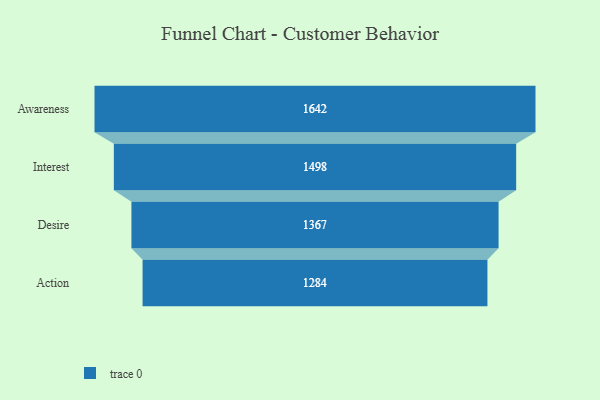
{"axis": {"x": "Stage", "y": "Value"}, "legend": [""], "data": [{"x": "Awareness", "y": 1642.0, "type": ""}, {"x": "Interest", "y": 1498.0, "type": ""}, {"x": "Desire", "y": 1367.0, "type": ""}, {"x": "Action", "y": 1284.0, "type": ""}]}